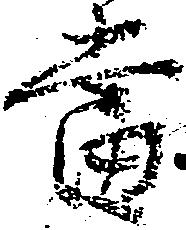
当